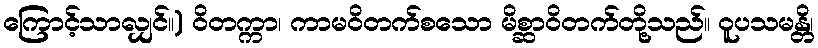
ကြောင့်သာလျှင်။) ဝိတက္ကာ၊ ကာမဝိတက်စသော မိစ္ဆာဝိတက်တို့သည်။ ဝူပသမန္တိ၊